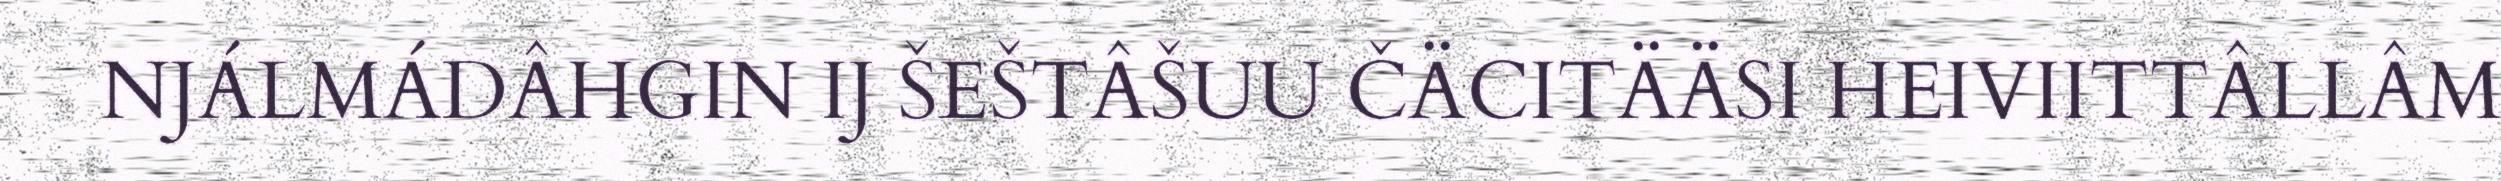
NJÁLMÁDÂHGIN IJ ŠEŠTÂŠUU ČÄCITÄÄSI HEIVIITTÂLLÂM